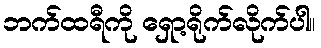
ဘက်ထရီကို ရှော့ရိုက်လိုက်ပါ။